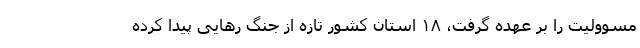
مسوولیت را بر عهده گرفت، ۱۸ استان کشور تازه از جنگ رهایی پیدا کرده